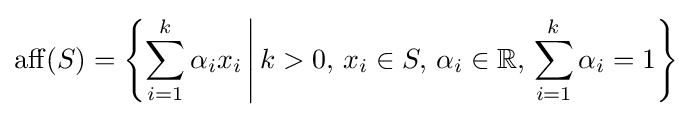
\operatorname {aff} (S)=\left\{\sum _{i=1}^{k}\alpha _{i}x_{i}\,{\Bigg |}\,k>0,\,x_{i}\in S,\,\alpha _{i}\in \mathbb {R} ,\,\sum _{i=1}^{k}\alpha _{i}=1\right\}